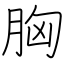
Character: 胸